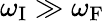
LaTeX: \omega_{\mathrm{{I}}}\gg\omega_{\mathrm{{F}}}